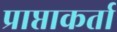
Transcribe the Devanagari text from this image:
प्राप्ताकर्ता